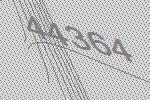
44364